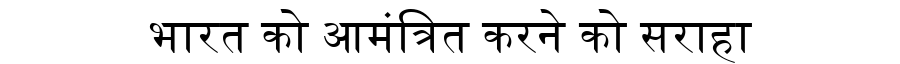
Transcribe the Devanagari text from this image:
भारत को आमंत्रित करने को सराहा